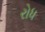
રોધ